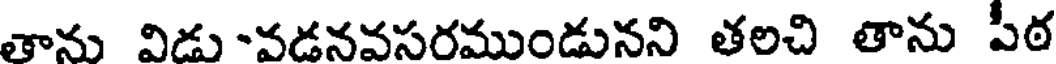
తాను విడు -వడనవసరముండునని తలచి తాను పఠ